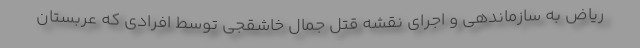
ریاض به سازماندهی و اجرای نقشه قتل جمال خاشقجی توسط افرادی که عربستان